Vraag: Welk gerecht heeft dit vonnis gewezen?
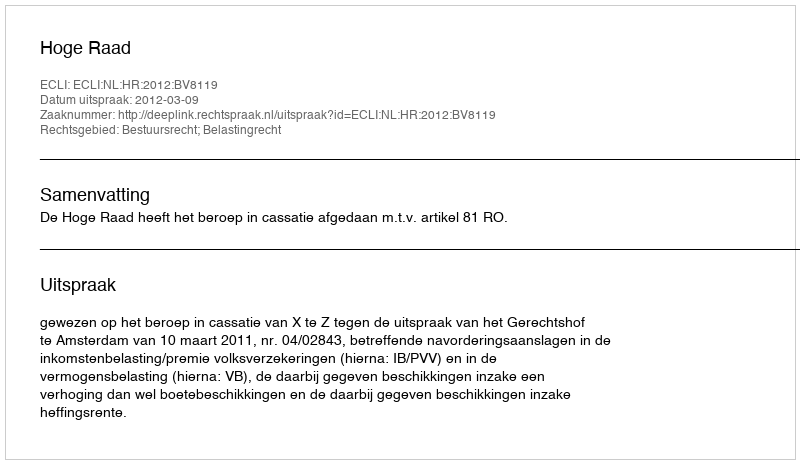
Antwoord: Hoge Raad